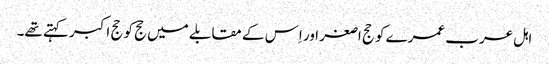
اہل عرب عمرے کو حج اصغر اور اِس کے مقابلے میں حج کو حج اکبر کہتے تھے۔